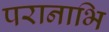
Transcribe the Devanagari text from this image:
परानाभि